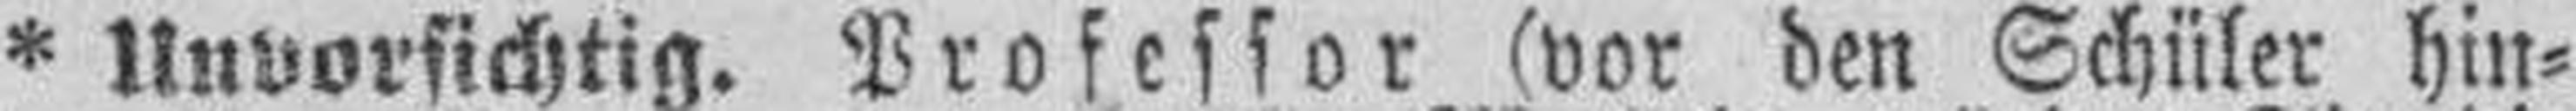
* Unvorsichtig. Professor (vor den Schüler hin¬